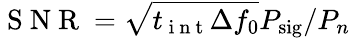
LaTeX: \mathrm{~S~N~R~}=\sqrt{t_{\mathrm{~i~n~t~}}\Delta f_{0}}P_{\mathrm{sig}}/P_{n}